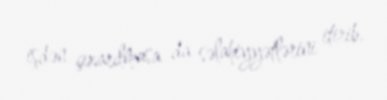
işdən çıxarılmasa da səlahiyyətlərini itirib.